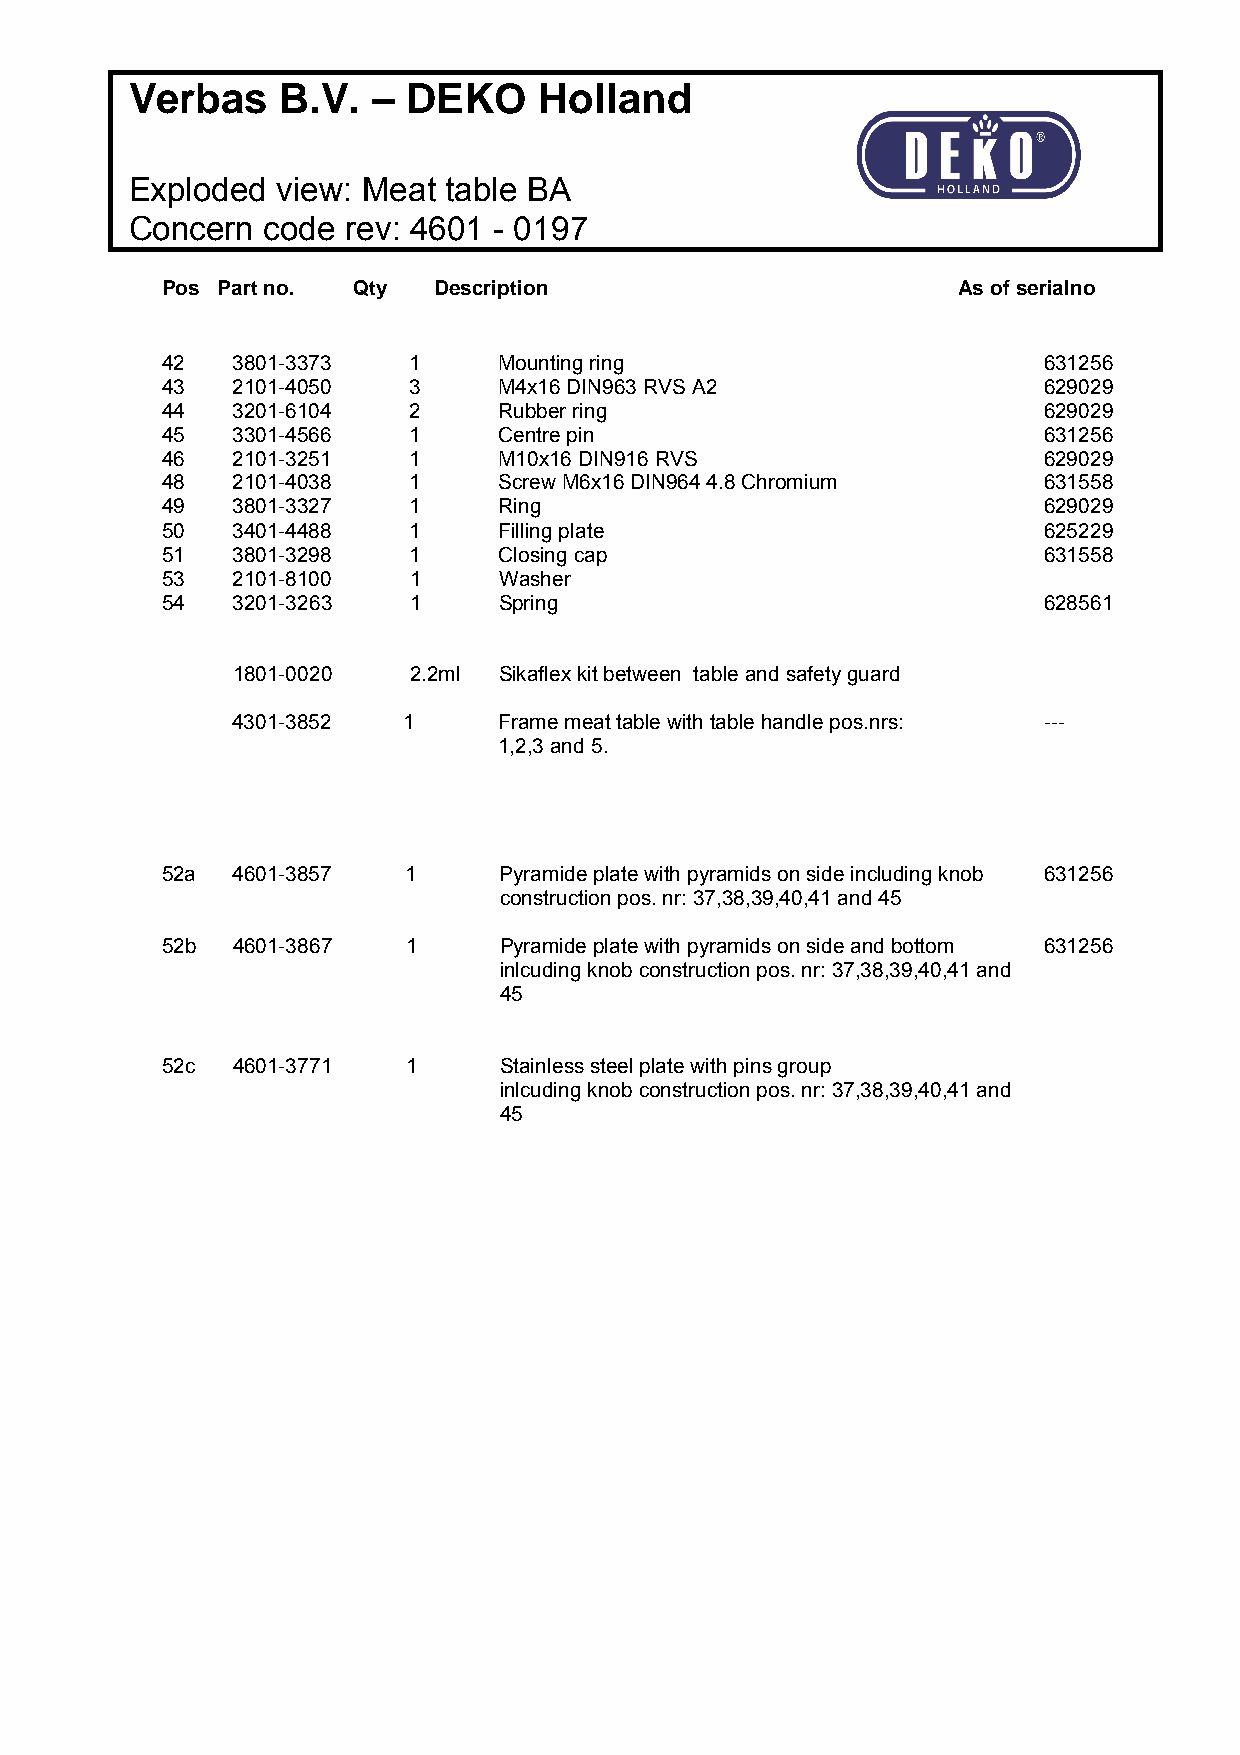
Verbas    B.V.  – DEKO     Holland
 Exploded view: Meat  table BA
 Concern code  rev: 4601 - 0197
 Pos Part no. Qty  Description                       As of serialno
 42  3801-3373   1     Mounting ring                       631256
 43  2101-4050   3     M4x16 DIN963 RVS A2                 629029
 44  3201-6104   2     Rubber ring                         629029
 45  3301-4566   1     Centre pin                          631256
 46  2101-3251   1     M10x16 DIN916 RVS                   629029
 48  2101-4038   1     Screw M6x16 DIN964 4.8 Chromium     631558
 49  3801-3327   1     Ring                                629029
 50  3401-4488   1     Filling plate                       625229
 51  3801-3298   1     Closing cap                         631558
 53  2101-8100   1     Washer
 54  3201-3263   1     Spring                              628561
 1801-0020   2.2ml Sikaflex kit between table and safety guard
 4301-3852   1     Frame meat table with table handle pos.nrs: ---
 1,2,3 and 5.
 52a 4601-3857   1     Pyramide plate with pyramids on side including knob 631256
 construction pos. nr: 37,38,39,40,41 and 45
 52b 4601-3867   1     Pyramide plate with pyramids on side and bottom 631256
 inlcuding knob construction pos. nr: 37,38,39,40,41 and
 45
 52c 4601-3771   1     Stainless steel plate with pins group
 inlcuding knob construction pos. nr: 37,38,39,40,41 and
 45